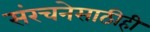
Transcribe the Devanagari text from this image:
संरचनेसाठीही